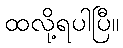
ထလို့ရပါပြီ။